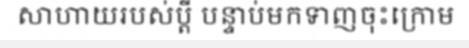
សាហាយរបស់ប្តី បន្ទាប់មកទាញចុះក្រោម